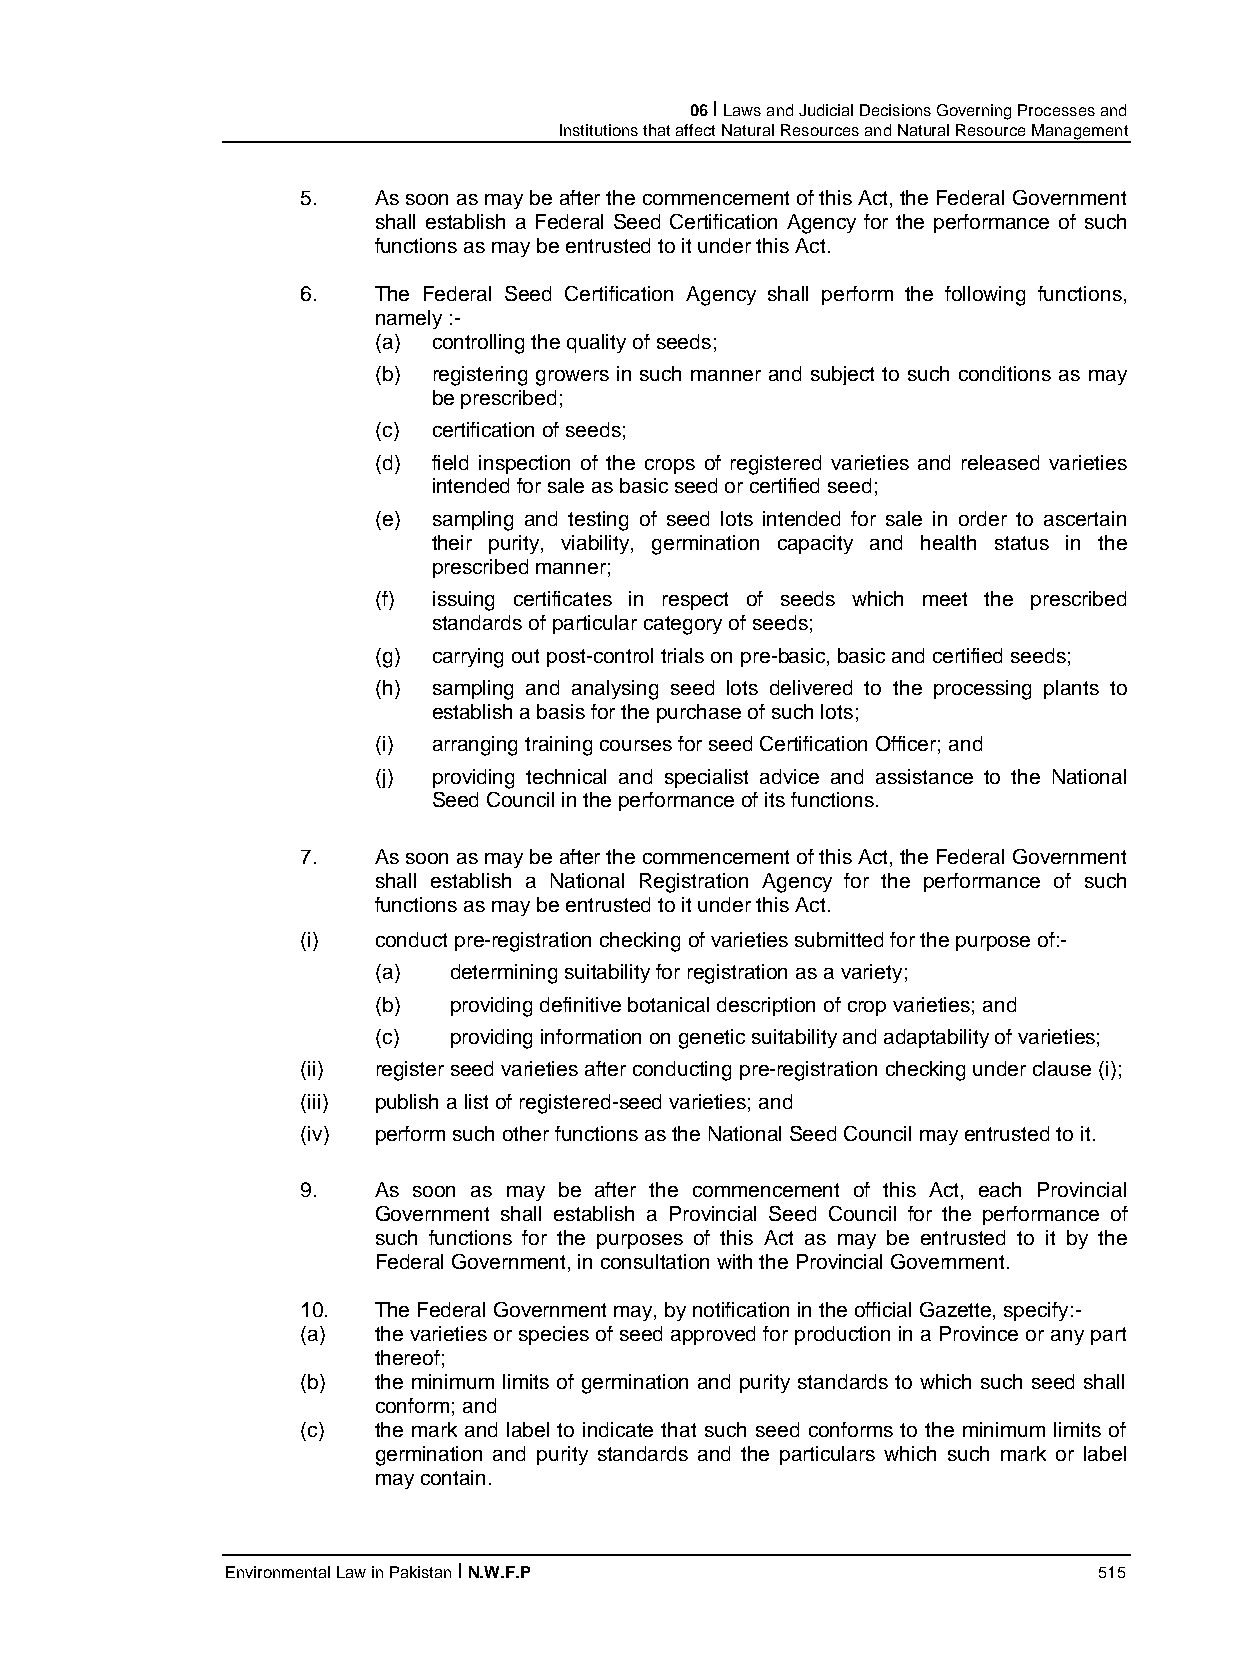
06 I Laws and Judicial Decisions Governing Processes and
 Institutions that affect Natural Resources and Natural Resource Management
 5.   As soon as may be after the commencement of this Act, the Federal Government
 shall establish a Federal Seed Certification Agency for the performance of such
 functions as may be entrusted to it under this Act.
 6.   The Federal Seed Certification Agency shall perform the following functions,
 namely :-
 (a) controlling the quality of seeds;
 (b) registering growers in such manner and subject to such conditions as may
 be prescribed;
 (c) certification of seeds;
 (d) field inspection of the crops of registered varieties and released varieties
 intended for sale as basic seed or certified seed;
 (e) sampling and testing of seed lots intended for sale in order to ascertain
 their purity, viability, germination capacity and health status in the
 prescribed manner;
 (f) issuing certificates in respect of seeds which meet the prescribed
 standards of particular category of seeds;
 (g) carrying out post-control trials on pre-basic, basic and certified seeds;
 (h) sampling and analysing seed lots delivered to the processing plants to
 establish a basis for the purchase of such lots;
 (i) arranging training courses for seed Certification Officer; and
 (j) providing technical and specialist advice and assistance to the National
 Seed Council in the performance of its functions.
 7.   As soon as may be after the commencement of this Act, the Federal Government
 shall establish a National Registration Agency for the performance of such
 functions as may be entrusted to it under this Act.
 (i)  conduct pre-registration checking of varieties submitted for the purpose of:-
 (a)  determining suitability for registration as a variety;
 (b)  providing definitive botanical description of crop varieties; and
 (c)  providing information on genetic suitability and adaptability of varieties;
 (ii) register seed varieties after conducting pre-registration checking under clause (i);
 (iii) publish a list of registered-seed varieties; and
 (iv) perform such other functions as the National Seed Council may entrusted to it.
 9.   As soon as may be after the commencement of this Act, each Provincial
 Government shall establish a Provincial Seed Council for the performance of
 such functions for the purposes of this Act as may be entrusted to it by the
 Federal Government, in consultation with the Provincial Government.
 10.  The Federal Government may, by notification in the official Gazette, specify:-
 (a)  the varieties or species of seed approved for production in a Province or any part
 thereof;
 (b)  the minimum limits of germination and purity standards to which such seed shall
 conform; and
 (c)  the mark and label to indicate that such seed conforms to the minimum limits of
 germination and purity standards and the particulars which such mark or label
 may contain.
 Environmental Law in Pakistan I N.W.F.P                   515